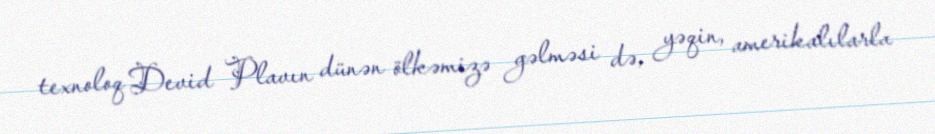
texnoloq Devid Plavın dünən ölkəmizə gəlməsi də, yəqin, amerikalılarla